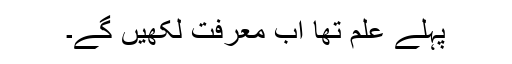
پہلے علم تھا اب معرفت لکھیں گے۔